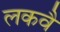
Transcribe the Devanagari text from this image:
लकवै